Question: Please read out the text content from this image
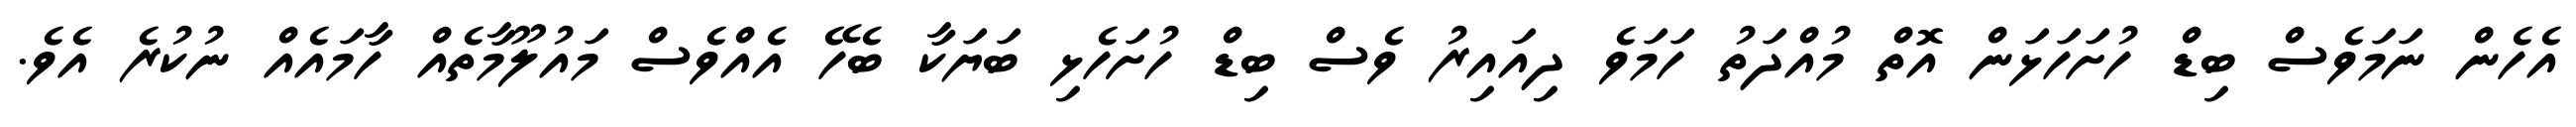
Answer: އެހެން ނަމަވެސް ބިޑް ހުށަހަޅަން އޮތް މުއްދަތު ހަމަވެ ދިއައިރު ވެސް ބިޑް ހުށަހެޅި ބަޔަކާ ބެހޭ އެއްވެސް މައުލޫމާތެއް ހާމައެއް ނުކުރެ އެވެ.